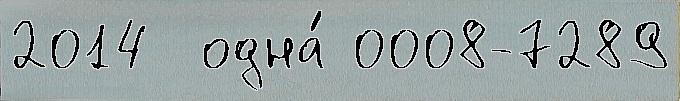
2014  одна́ 0008-7289